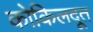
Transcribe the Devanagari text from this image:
कोकिलदूत